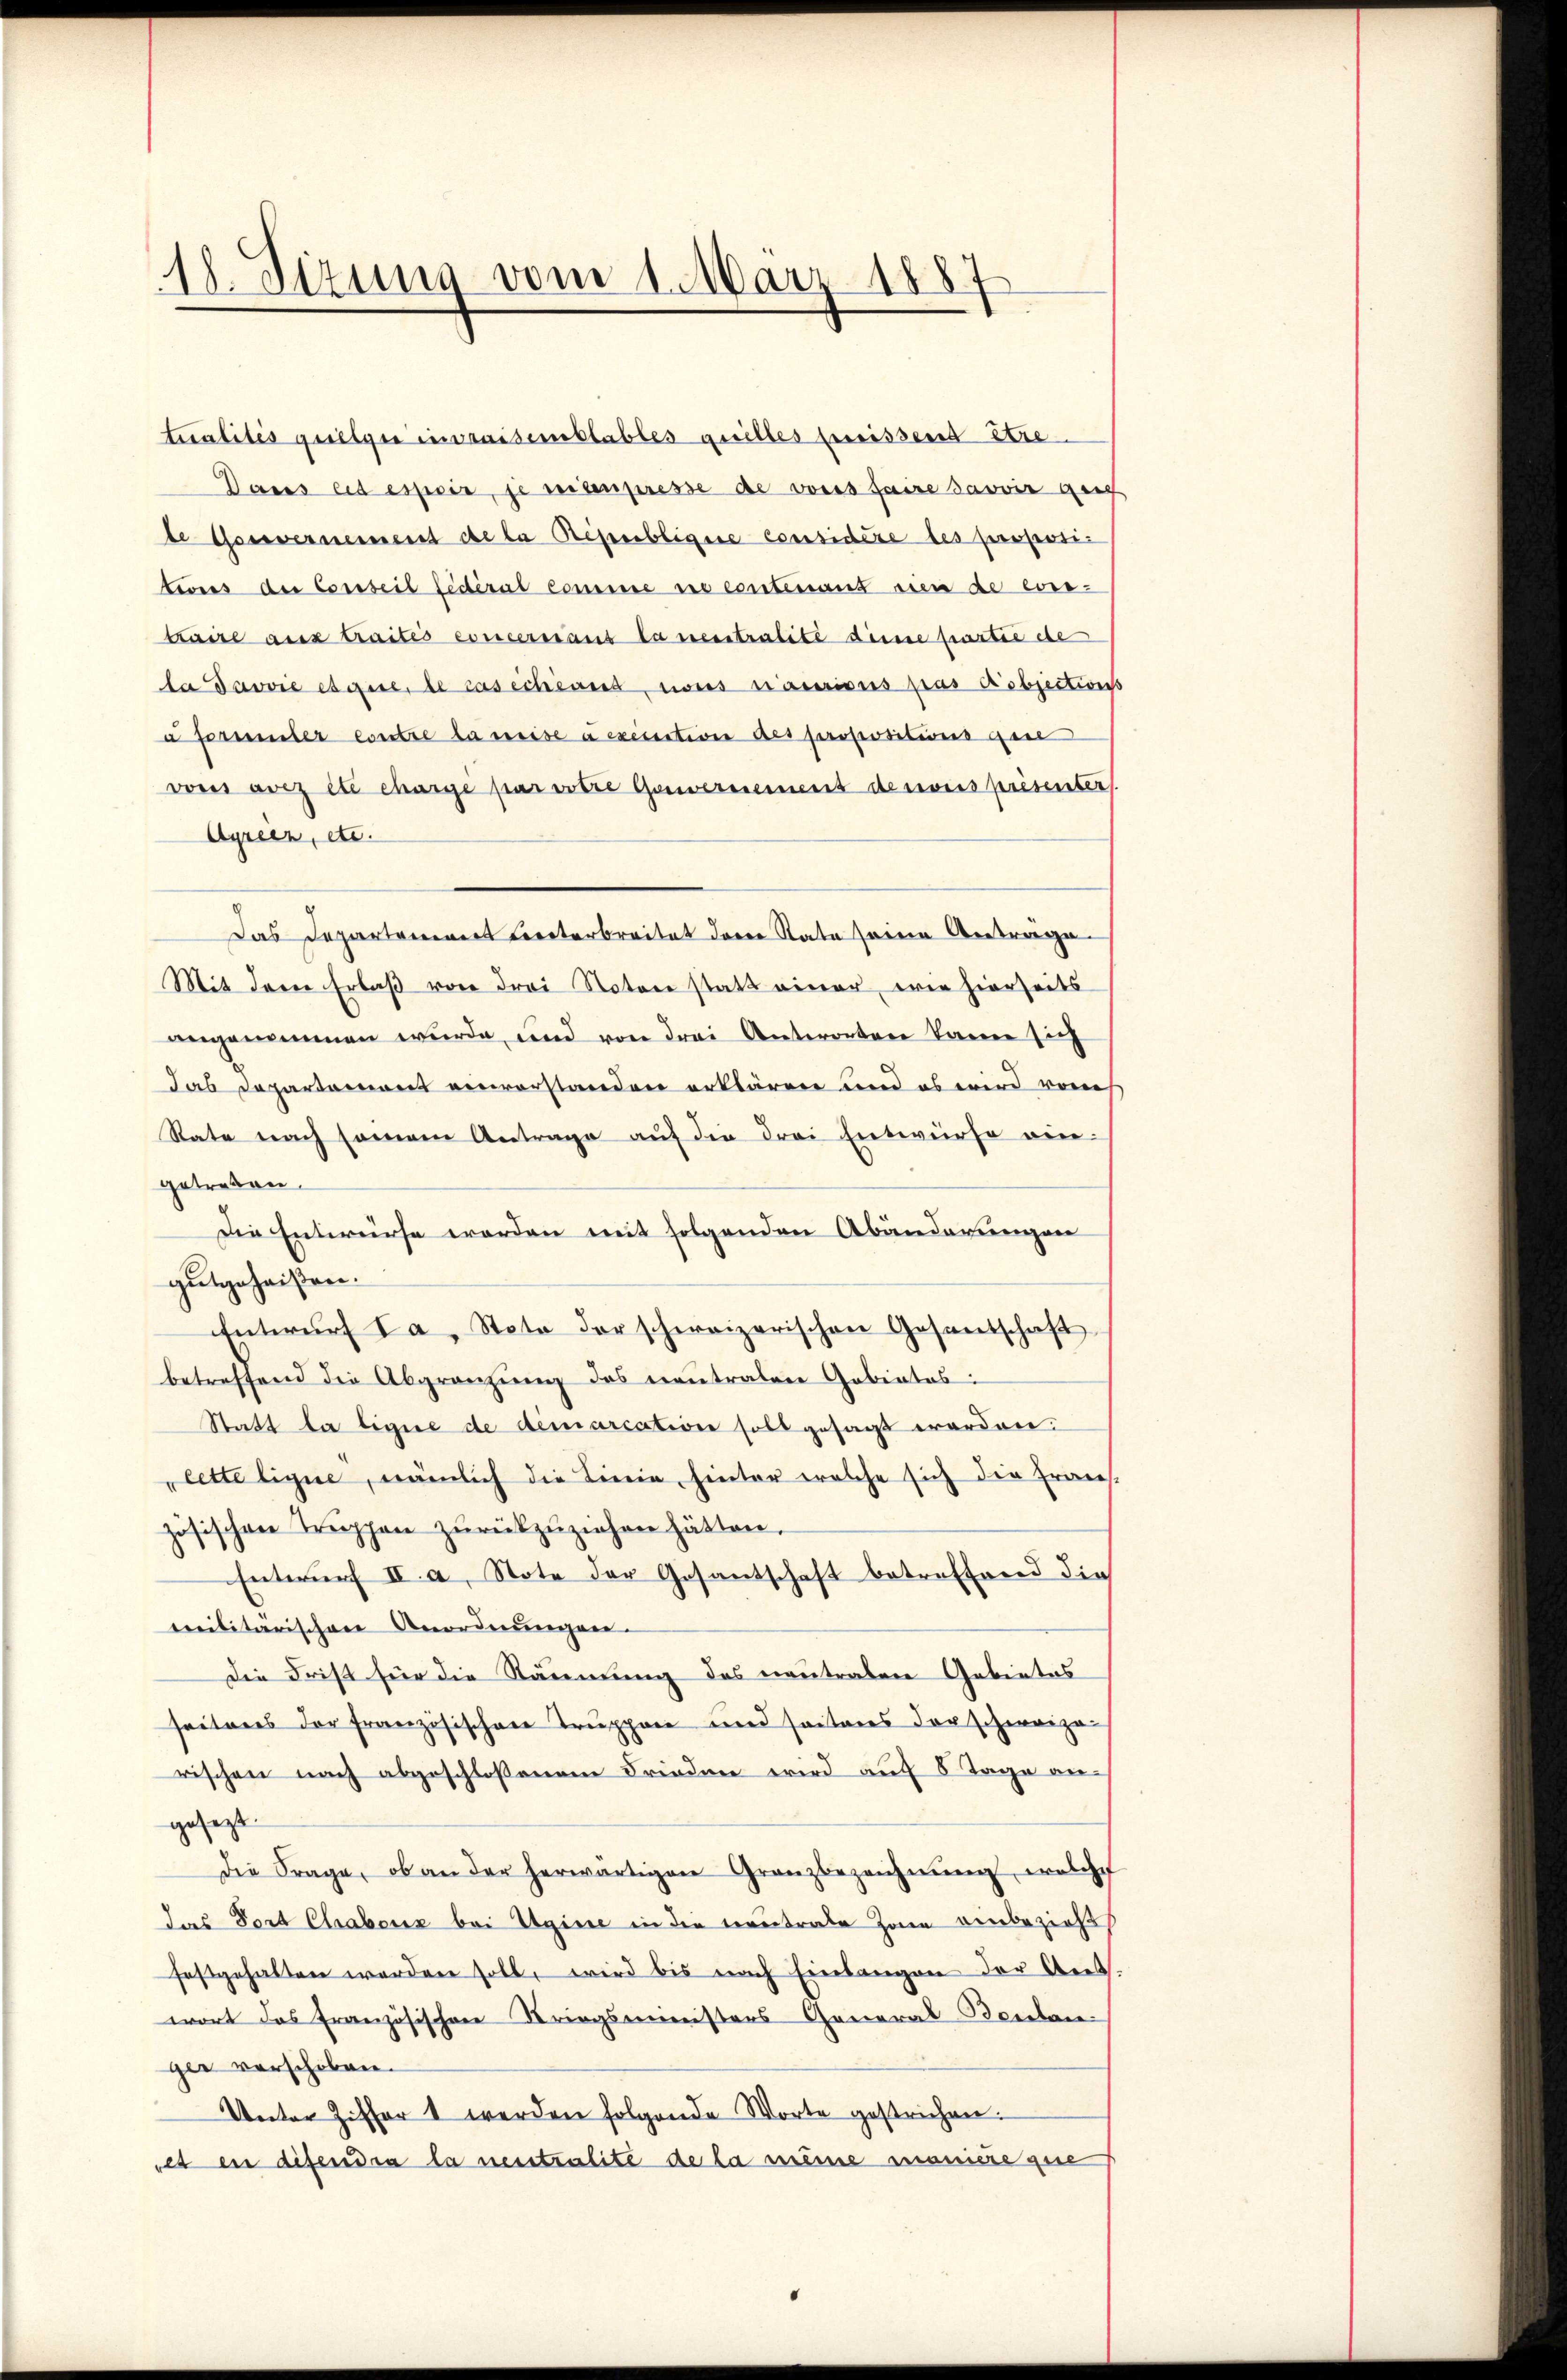
18. Sizung vom 1. März 1887

tualités quilger in raisemblables quilles gereissent être
Daus eis espeir, je eisenpresse de vons faire savoir auf
be Gessvernement de la République considère des propositeons der Conseil Lederat comme ne contenant sien de cors-
traire aus traités concernaus la neestralité deine partie de
ladavvie eigere, le cas échéans, nous nations pas objections
u ferneinter contre la meise a execution des propositions que
von dez et charge par votie Gouvernement de nous prisenber
Ayrier, etc.
Das Departanener Centerbreitet deren Rate seine Antrage
Mit dem Erlaß von Frei Noten statt einer, wie hierseits
angenommen wurde, und von drei Antworten kann sich
das Departement vervorstanden erklären und es wird von
Rate nach seinem Antrage auf die drei Entwurfe eingetreten.
Die Entwurfe werden mit folgenden Abänderungen
gutgeheißen.
Entwŭrf I a, Stoto der schweizerischen Gesantschaft
betreffend die Abgränzŭng des neutralen Gebietes:
Statt la ligne de demarcation soll gesagt worden.
lette ligne, nämlich die Linie, hinter welche sich die Erwee-
zösischen Truppen zŭrückzuziehen hätten.
Entwurf II a, Note der Gesantschaft betreffend die
militärischen Anordnungen.
Die Frist für die Räumung des neutraben Gebietes
seitens der französischen Truppen und seitens der schweizerischen nach abgeschlossenem Frieden wird auf 8 Tage angesezt.
Die Frage, ob an der herwärtigen Granzbezeichnŭng, welches
das Dort Chabenz bei Ugisse in die vertrate Zone einbezieht
festgehalten werden soll, wird bis nach Einlangen der Auswort das Französischen Striegsministers General-Benlan
ger verschoben.
Unter Ziffer 1 werden folgende Worte gestrichen.
es ein disendia la neutralite de la meine manière que